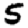
Digit: 5